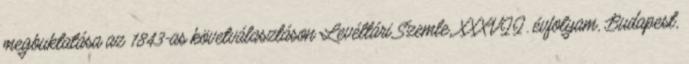
megbuktatása az 1843-as követválasztáson Levéltári Szemle, XXXVII. évfolyam, Budapest,